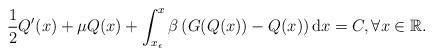
LaTeX: \begin{align*}\frac{1}{2}Q^{\prime}(x)+\mu Q(x)+\int_{x_{\epsilon}}^{x}\beta\left(G(Q(x))-Q(x)\right)\mathrm{d}x=C, \forall x \in \mathbb{R}.\end{align*}